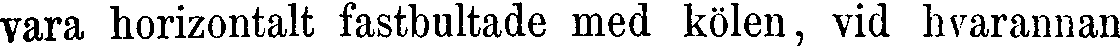
vara horizontalt fastbultade med kölen, vid hvarannan